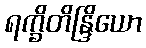
ရက္ခိတိန္ဒြိယော